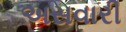
અસવારી